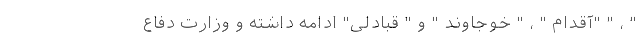
" ، " "آقدام " ، " خوجاوند " و " قبادلی" ادامه داشته و وزارت دفاع